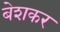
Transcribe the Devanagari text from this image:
बेशकर